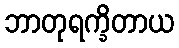
ဘာတုရက္ခိတာယ